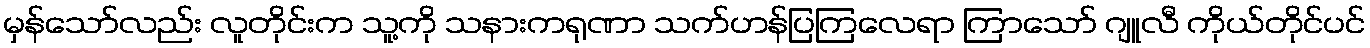
မှန်သော်လည်း လူတိုင်းက သူ့ကို သနားကရုဏာ သက်ဟန်ပြကြလေရာ ကြာသော် ဂျူလီ ကိုယ်တိုင်ပင်